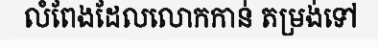
លំពែងដែលលោកកាន់ តម្រង់ទៅ